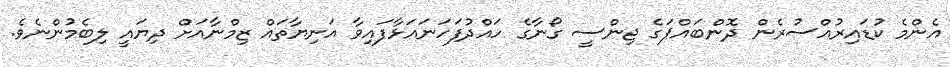
އެންމެ ކުޑައިރުއްސުރެން ދޮންބައްޕަގެ ޖިންސީ ގޯނާގެ ހައްދުފަހަނައަޅާފައިވާ އަނިޔާތައް ޒިމްނާއަށް ދިޔައީ ލިބެމުންނެވެ.